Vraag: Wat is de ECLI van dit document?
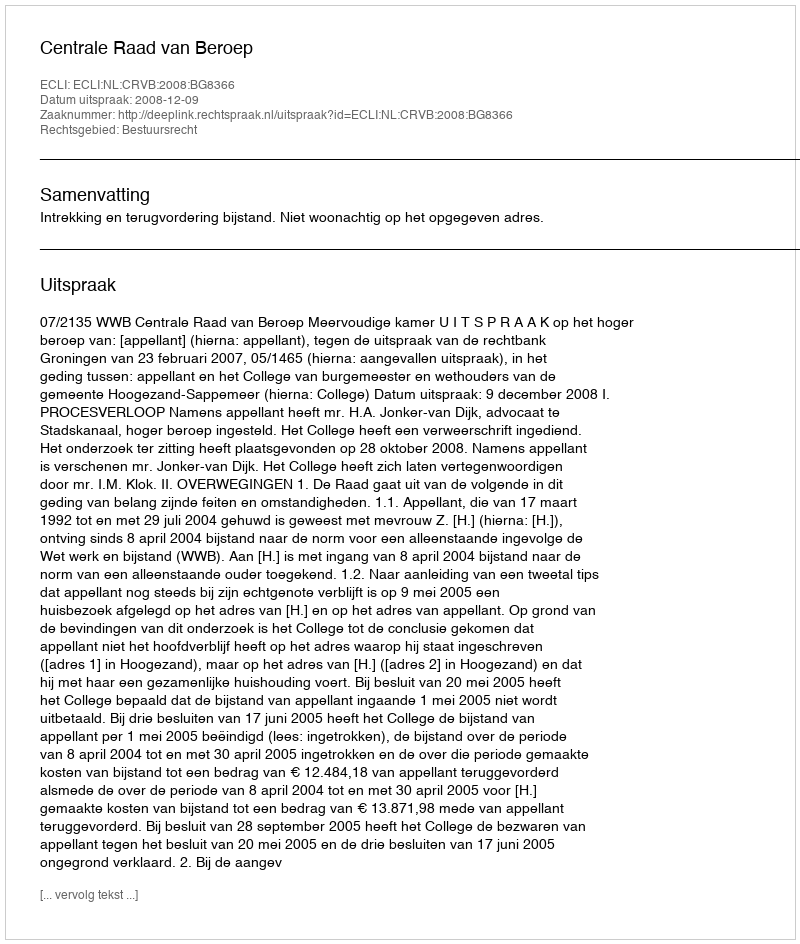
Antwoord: ECLI:NL:CRVB:2008:BG8366